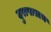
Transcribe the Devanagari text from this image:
दुरापास्तच